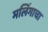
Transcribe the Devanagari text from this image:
मलिंगाचा